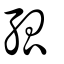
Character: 孤